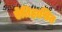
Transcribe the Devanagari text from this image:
ऐतिहासित